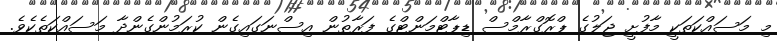
މި މަސައްކަތަކީ މާފުށީ ޖަލުގެ ޕްރޮގްރާމްސް ޑިޕާޓްމަންޓްގެ ފަރާތުން އިސްނަގައިގެން ކުރަމުންގެންދާ މަސައްކަތެކެވެ.